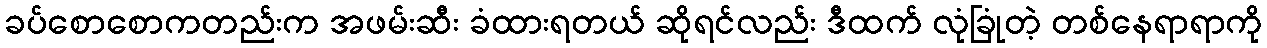
ခပ်စောစောကတည်းက အဖမ်းဆီး ခံထားရတယ် ဆိုရင်လည်း ဒီထက် လုံခြုံတဲ့ တစ်နေရာရာကို